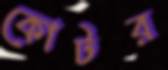
কোটর